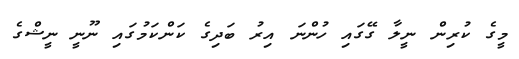
މީގެ ކުރިން ނީލާ ގޭގައި ހުންނަ އިރު ބަދިގެ ކަންކަމުގައި ނޫނީ ނީޝްގެ